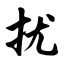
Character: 扰